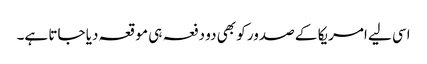
اسی لیے امریکا کے صدور کو بھی دو دفعہ ہی موقعہ دیا جاتا ہے۔